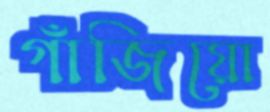
গাঁজিয়ো